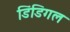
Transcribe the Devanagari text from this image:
डिंडिगल